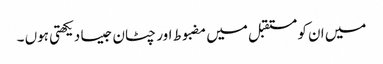
میں ان کو مستقبل میں مضبوط اور چٹان جیسا دیکھتی ہوں ۔